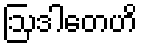
ဩဒါတေဟိ